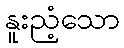
နူးညံ့သော